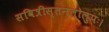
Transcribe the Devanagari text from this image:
सवित्रीस्तनलोलुपः।